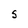
Character: S